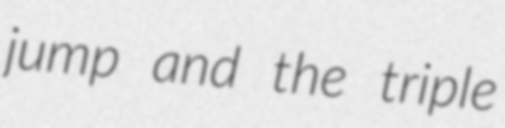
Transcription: jump and the triple